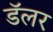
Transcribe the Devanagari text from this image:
डॅलर